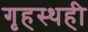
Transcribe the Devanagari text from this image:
गृहस्थही